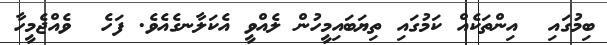
ބިމުގައި  އިންތަކެއް ކަމުގައި ތިޔަބައިމީހުން ލެއްވީ އެކަލާނގެއެވެ. ފަހެ  ވެއްޖެމީހާ